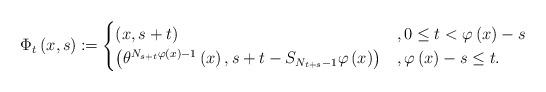
LaTeX: \begin{align*}\Phi_{t}\left(x,s\right)\coloneqq\begin{cases}\left(x,s+t\right) & ,0\leq t<\varphi\left(x\right)-s\\\left(\theta^{N_{s+t}\varphi\left(x\right)-1}\left(x\right),s+t-S_{N_{t+s}-1}\varphi\left(x\right)\right) & ,\varphi\left(x\right)-s\leq t.\end{cases}\end{align*}